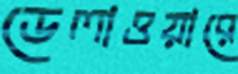
ডেলাওয়ারে